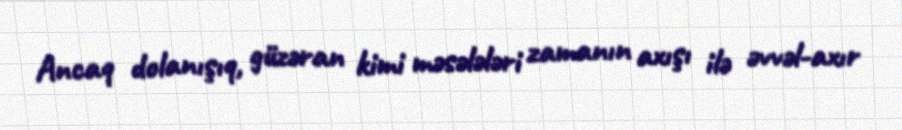
Ancaq dolanışıq, güzəran kimi məsələləri zamanın axışı ilə əvvəl-axır